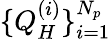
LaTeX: \{ Q_{H}^{(i)}\} _{i=1}^{N_{p}}